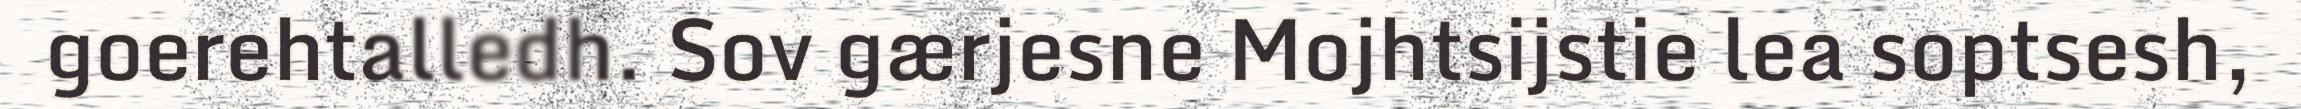
goerehtalledh. Sov gærjesne Mojhtsijstie lea soptsesh,